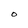
Character: O